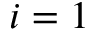
i = 1